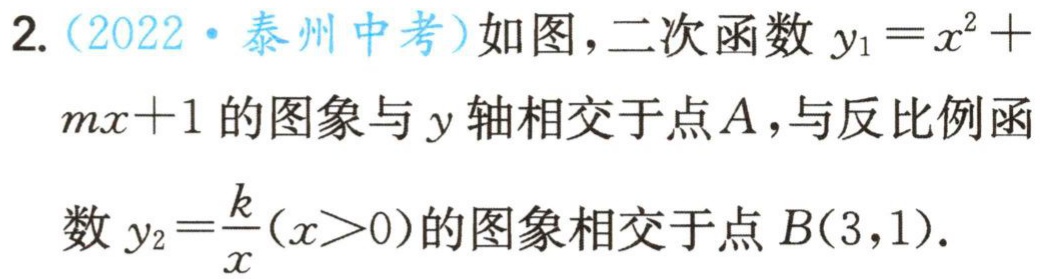
2.（2022·泰州中考）如图，二次函数$y_{1}=x^{2}+mx + 1$的图象与$y$轴相交于点$A$，与反比例函数$y_{2}=\frac{k}{x}(x>0)$的图象相交于点$B(3,1)$.